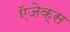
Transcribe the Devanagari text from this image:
ऍजेक्स